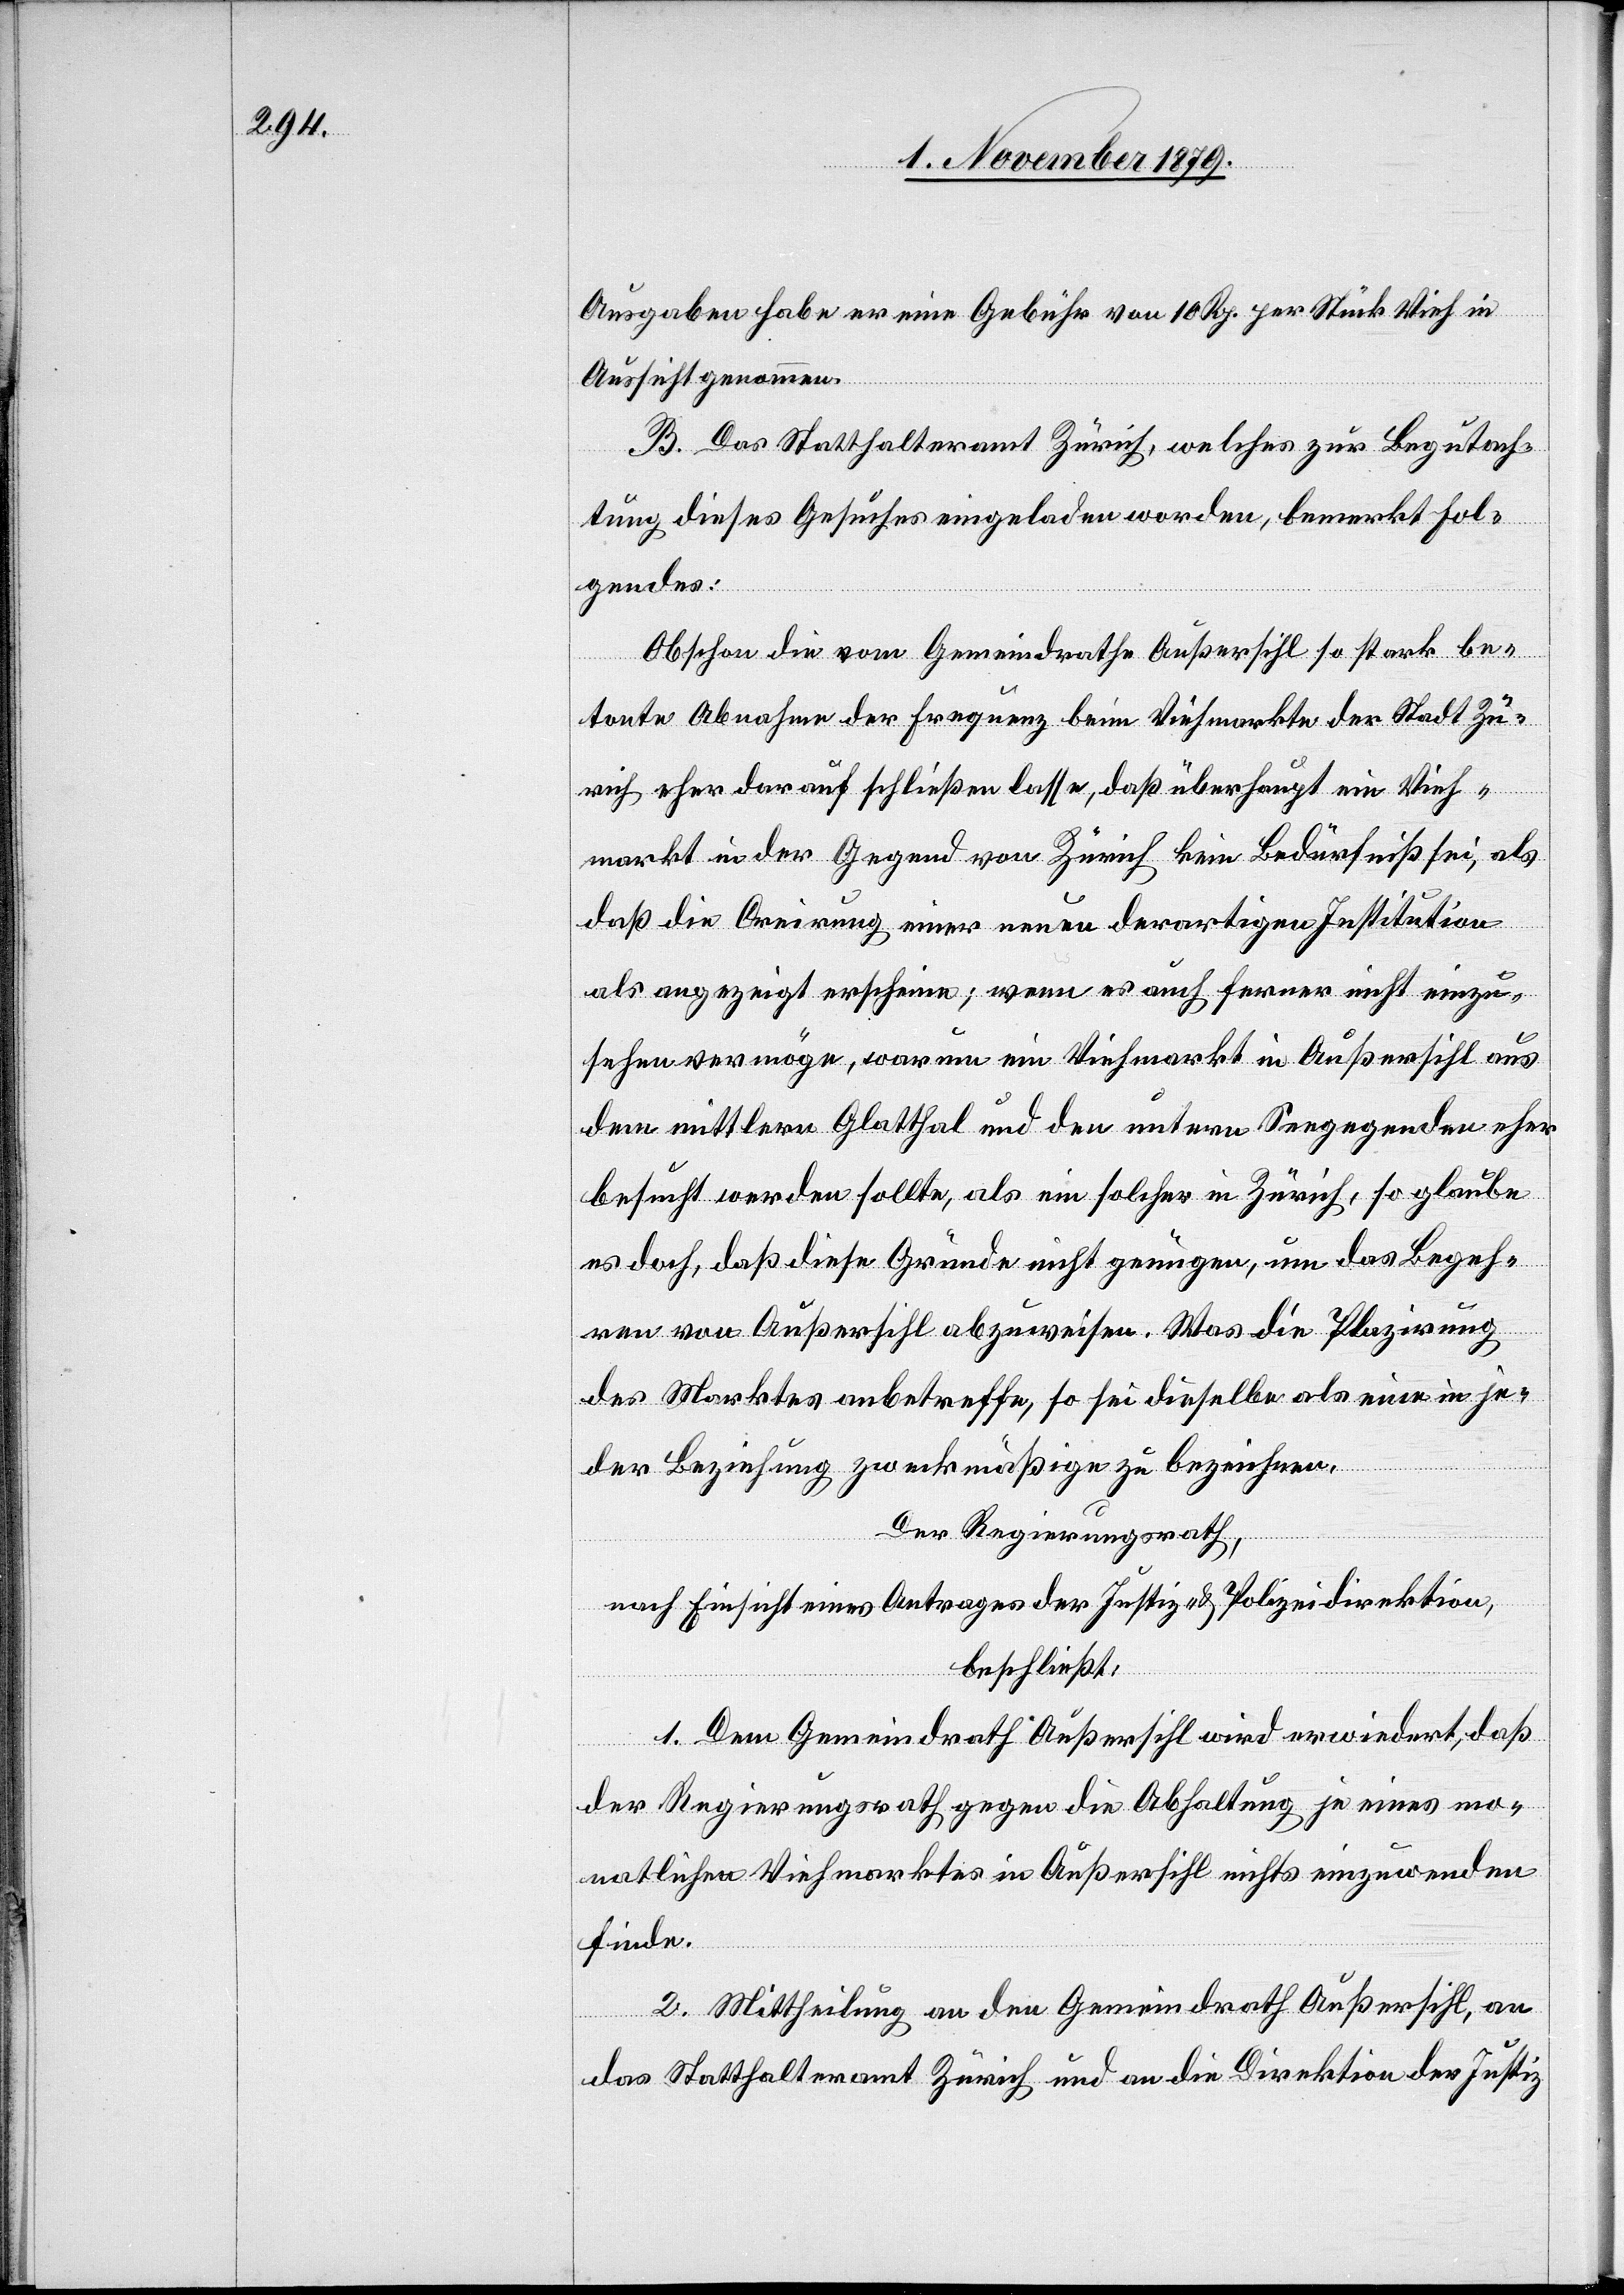
Ausgaben habe er eine Gebühr von 10 Rp. per Stück Vieh in
Aussicht genommen.
B. Das Statthalteramt Zürich, welches zur Begutach¬
tung dieses Gesuches eingeladen worden, bemerkt fol¬
gendes:
Obschon die vom Gemeindrathe Außersihl so stark be¬
tonte Abnahme der Frequenz beim Viehmarkte der Stadt Zü¬
rich eher darauf schließen lasse, daß überhaupt ein Vieh¬
markt in der Gegend von Zürich kein Bedürfniß sei, als
daß die Creirung einer neuen derartigen Institution
als angezeigt erscheine; wenn er auch ferner nicht einzu¬
sehen vermöge, warum ein Viehmarkt in Außersihl aus
dem mittlern Glatthal und den untern Seegegenden eher
besucht werden sollte, als ein solcher in Zürich, so glaube
er doch, daß diese Gründe nicht genügen, um das Begeh¬
ren von Außersihl abzuweisen. Was die Plazirung
des Marktes anbetreffe, so sei dieselbe als eine in je¬
der Beziehung zweckmäßige zu bezeichnen.
Der Regierungsrath,
nach Einsicht eines Antrages der Justiz- & Polizeidirektion,
beschließt:
1. Dem Gemeindrath Außersihl wird erwiedert, daß
der Regierungsrath gegen die Abhaltung je eines mo¬
natlichen Viehmarktes in Außersihl nichts einzuwenden
finde.
2. Mittheilung an den Gemeindrath Außersihl, an
das Statthalteramt Zürich und an die Direktion der Justiz